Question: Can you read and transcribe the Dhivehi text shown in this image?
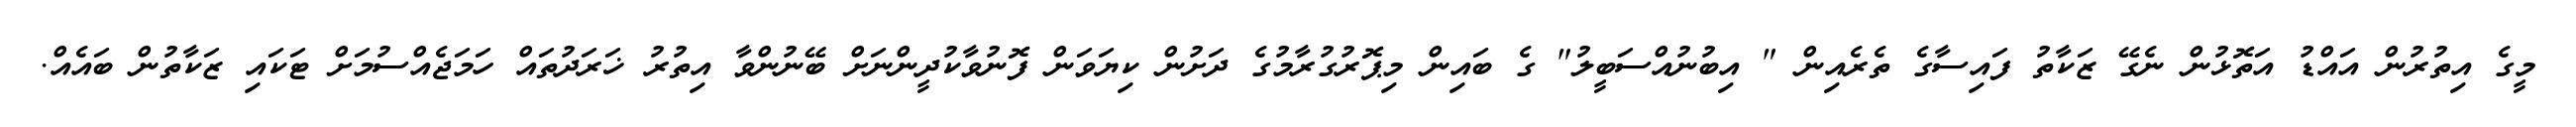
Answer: މީގެ އިތުރުން އައްޑު އަތޮޅުން ނެގޭ ޒަކާތު ފައިސާގެ ތެރެއިން " އިބުނުއްސަބީލު" ގެ ބައިން މިޕޮރުގުރާމުގެ ދަށުން ކިޔަވަން ފޮނުވާކުދީންނަށް ބޭނުންވާ އިތުރު ޚަރަދުތައް ހަމަޖެއްސުމަށް ޓަކައި ޒަކާތުން ބައެއް.